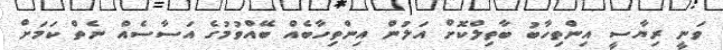
ވަނީ ރިޔާސީ އިންތިހާބު ބާތިލްކޮށް އަލުން އިންތިހާބެއް ބޭއްވުމުގެ އަސާސެއް ނެތް ކަމަށް